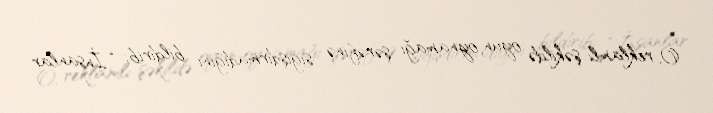
O, reklamlı şəkildə oyun oynamağı şərəfinə sığışdırmadığını bildirib: “İnsanlar